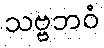
သဗ္ဗဘဝံ